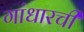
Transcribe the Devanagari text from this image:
गांधारची